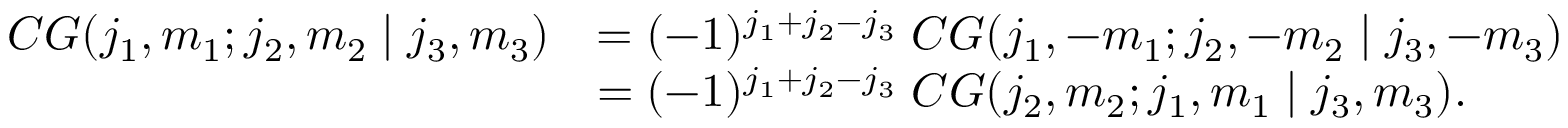
\begin{array} { r l } { C G ( j _ { 1 } , m _ { 1 } ; j _ { 2 } , m _ { 2 } \mid j _ { 3 } , m _ { 3 } ) } & { = ( - 1 ) ^ { j _ { 1 } + j _ { 2 } - j _ { 3 } } \; C G ( j _ { 1 } , - m _ { 1 } ; j _ { 2 } , - m _ { 2 } \mid j _ { 3 } , - m _ { 3 } ) } \\ & { = ( - 1 ) ^ { j _ { 1 } + j _ { 2 } - j _ { 3 } } \; C G ( j _ { 2 } , m _ { 2 } ; j _ { 1 } , m _ { 1 } \mid j _ { 3 } , m _ { 3 } ) . } \end{array}